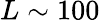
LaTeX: L\sim 100